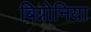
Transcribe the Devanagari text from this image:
बिग्नोनिया